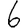
Digit: 6